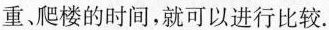
重、爬楼的时间，就可以进行比较。